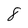
Character: 8